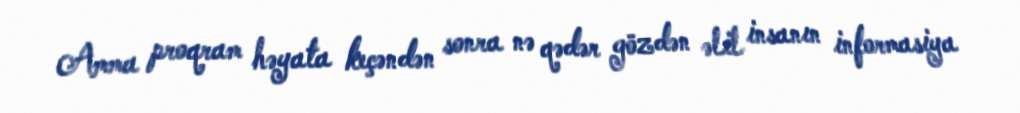
Amma proqram həyata keçəndən sonra nə qədər gözdən əlil insanın informasiya